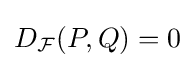
D_{\mathcal {F}}(P,Q)=0